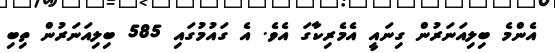
އެންމެ ބިލިއަނަރުން ގިނައީ އެމެރިކާގަ އެވެ. އެ ގައުމުގައި 585 ބިލިއަނަރުން ތިބި